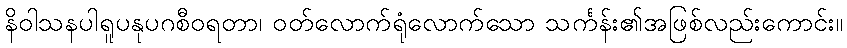
နိဝါသနပါရူပနုပဂစီဝရတာ၊ ဝတ်လောက်ရုံလောက်သော သင်္ကန်း၏အဖြစ်လည်းကောင်း။